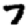
Digit: 7